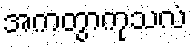
အကတွာကုသလံ